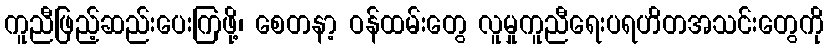
ကူညီဖြည့်ဆည်းပေးကြဖို့၊ စေတနာ့ ဝန်ထမ်းတွေ လူမှုကူညီရေးပရဟိတအသင်းတွေကို